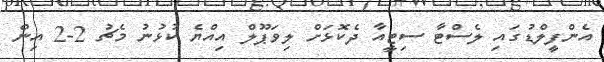
އެންފީލްޑުގައި ލެސްޓާ ސިޓީއާ ދެކޮޅަށް ލިވަޕޫލް އިއްޔެ ކުޅުނު މެޗު 2-2 އިން